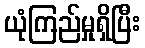
ယုံကြည်မှုရှိပြီး